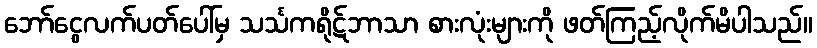
ဘော်ငွေလက်ပတ်ပေါ်မှ သင်္သကရိုဋ်ဘာသာ စားလုံးများကို ဖတ်ကြည့်လိုက်မိပါသည်။